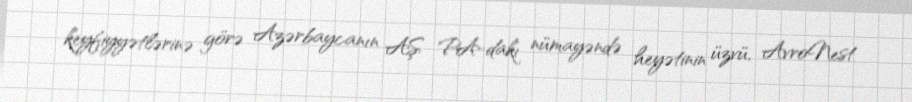
keyfiyyətlərinə görə Azərbaycanın AŞ PA-dakı nümayəndə heyətinin üzvü, AvroNest